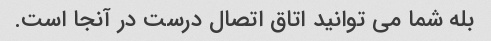
بله شما می توانید اتاق اتصال درست در آنجا است.